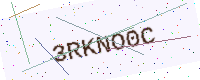
Text: 3RKNO0C